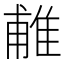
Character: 𨿌